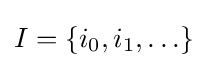
I=\left\{i_{0},i_{1},\ldots \right\}